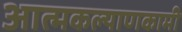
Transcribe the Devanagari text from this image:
आत्मकल्याणकामी